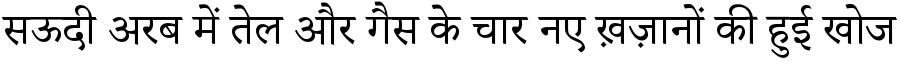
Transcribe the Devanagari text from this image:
सऊदी अरब में तेल और गैस के चार नए ख़ज़ानों की हुई खोज